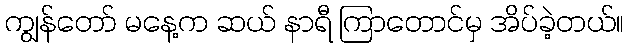
ကျွန်တော် မနေ့က ဆယ် နာရီ ကြာတောင်မှ အိပ်ခဲ့တယ်။